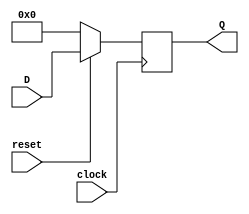
module register(Q,D,clock,reset);

input reset,clock;
input [3:0] D;
output [3:0] Q;

reg [3:0] Q;

always @(negedge clock)
  begin
    if(!reset)
      Q <= 4'b0;
    else
      Q <= D;
  end

endmodule